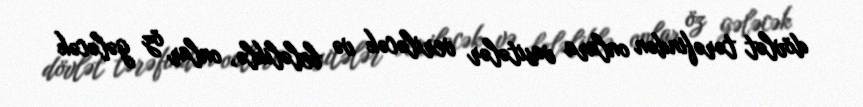
dövlət tərəfindən onlara vasitələr veriləcək və beləliklə, onlar öz gələcək